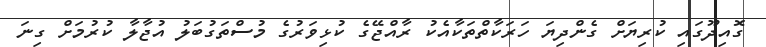
ގޮއިދޫގައި ކުރިޔަށް ގެންދިޔަ ހަރަކާތްތަކާއެކު ރާއްޖޭގެ ކުޅިވަރުގެ މުސްތަގުބަލު އުޖާލާ ކުރުމަށް ގިނަ